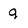
Character: q